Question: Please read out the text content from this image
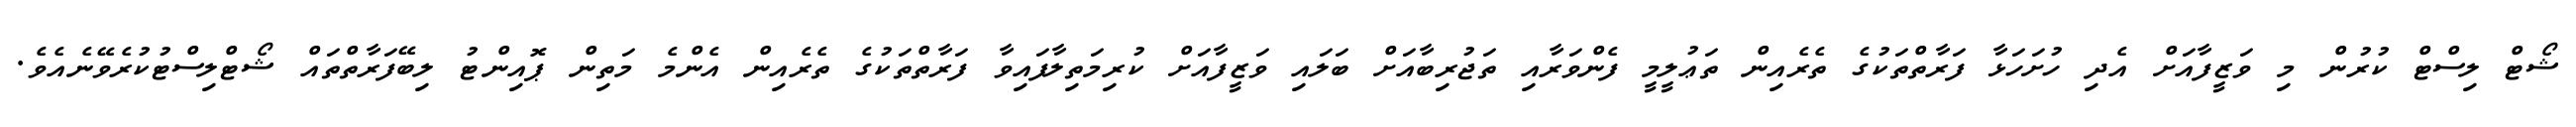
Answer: ޝޯޓް ލިސްޓް ކުރުން މި ވަޒީފާއަށް އެދި ހުށަހަޅާ ފަރާތްތަކުގެ ތެރެއިން ތަޢުލީމީ ފެންވަރާއި ތަޖުރިބާއަށް ބަލައި ވަޒީފާއަށް ކުރިމަތިލާފައިވާ ފަރާތްތަކުގެ ތެރެއިން އެންމެ މަތިން ޕޮއިންޓު ލިބޭފަރާތްތައް ޝޯޓްލިސްޓުކުރެވޭނެއެވެ.